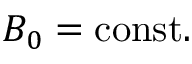
B _ { 0 } = \mathrm { c o n s t . }